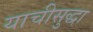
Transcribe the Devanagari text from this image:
याचीसुद्धा